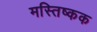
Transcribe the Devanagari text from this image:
मस्तिष्कक